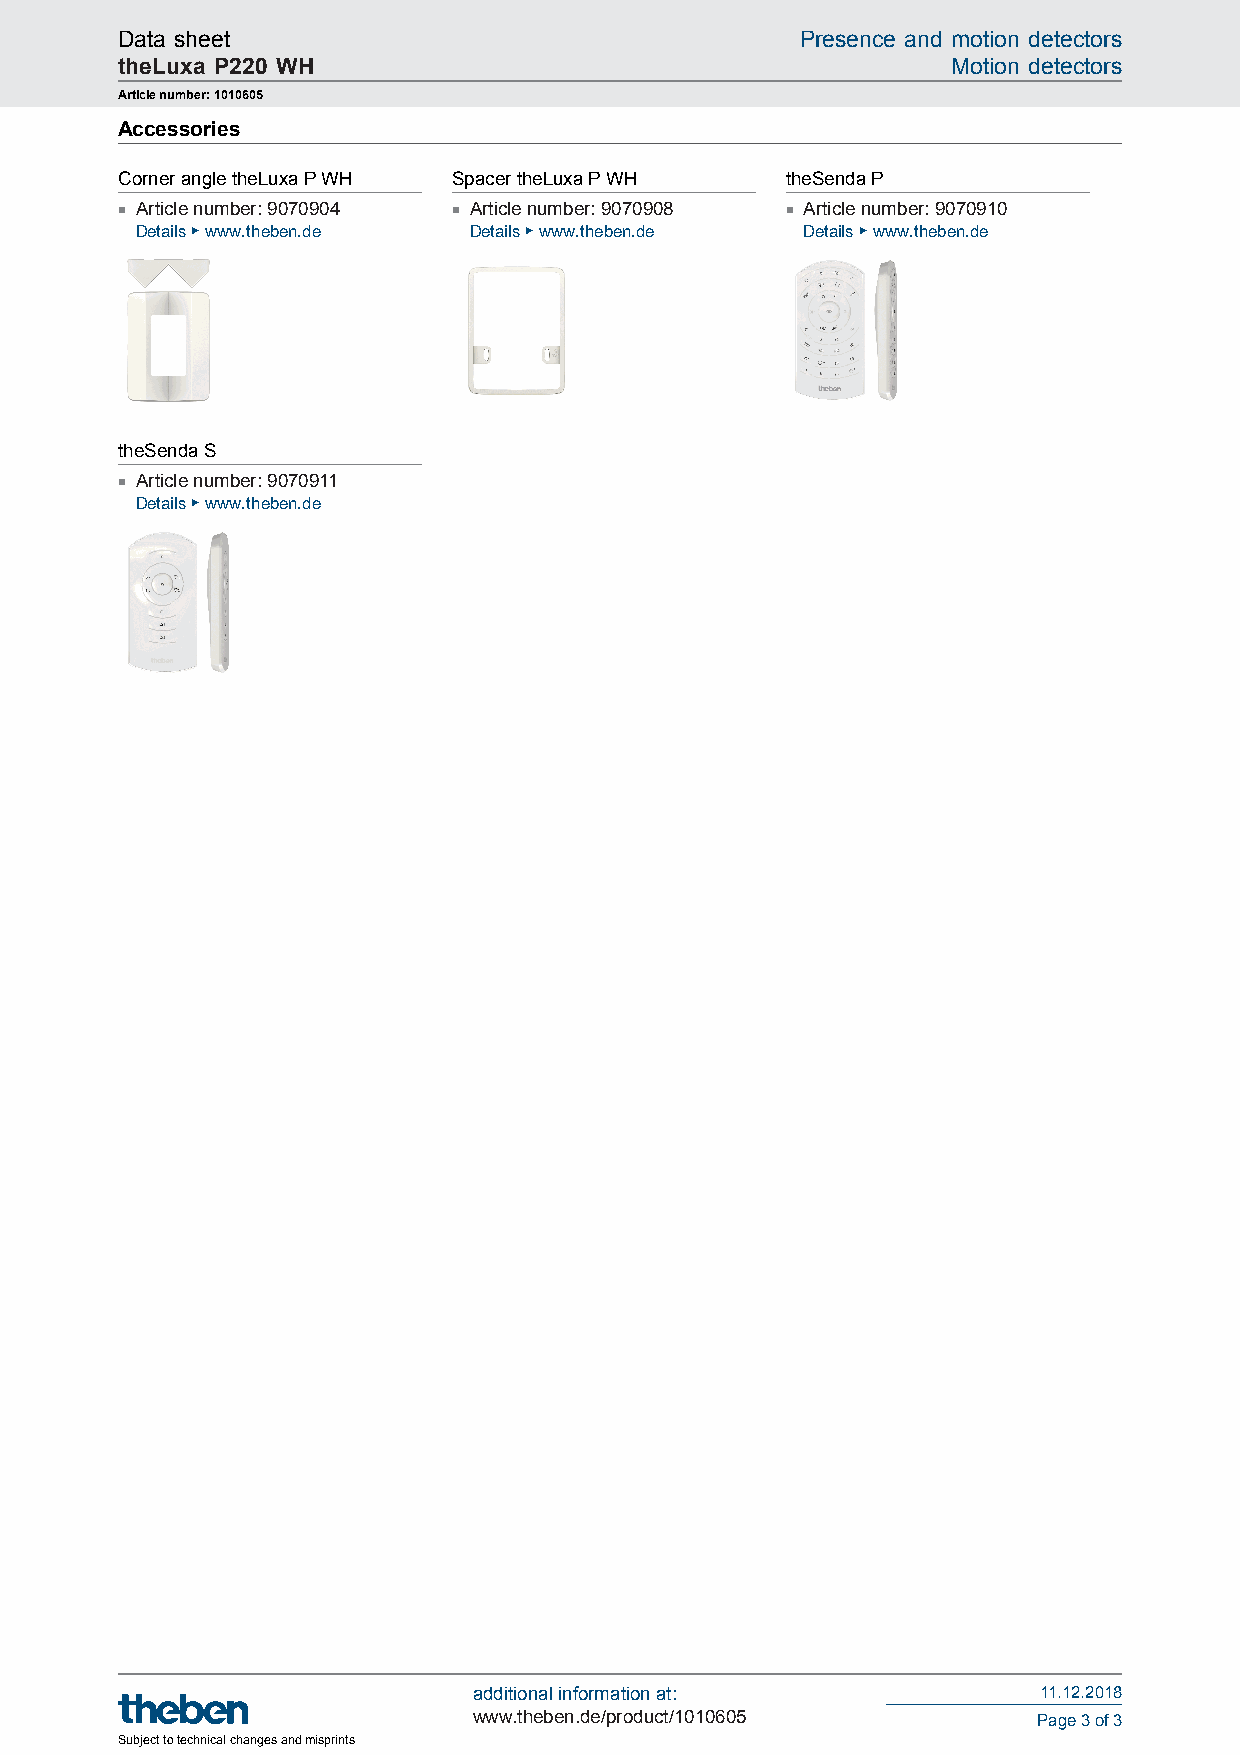
Data sheet                                   Presence and motion detectors
 theLuxa P220 WH                                        Motion detectors
 Article number: 1010605
 Accessories
 Corner angle theLuxa P WH Spacer theLuxa P WH theSenda P
 ■ Article number: 9070904 ■ Article number: 9070908 ■ Article number: 9070910
 Details ▶ www.theben.de Details ▶ www.theben.de Details ▶ www.theben.de
 theSenda S
 ■ Article number: 9070911
 Details ▶ www.theben.de
 additional information at:            11.12.2018
 www.theben.de/product/1010605         Page 3 of 3
 Subject to technical changes and misprints